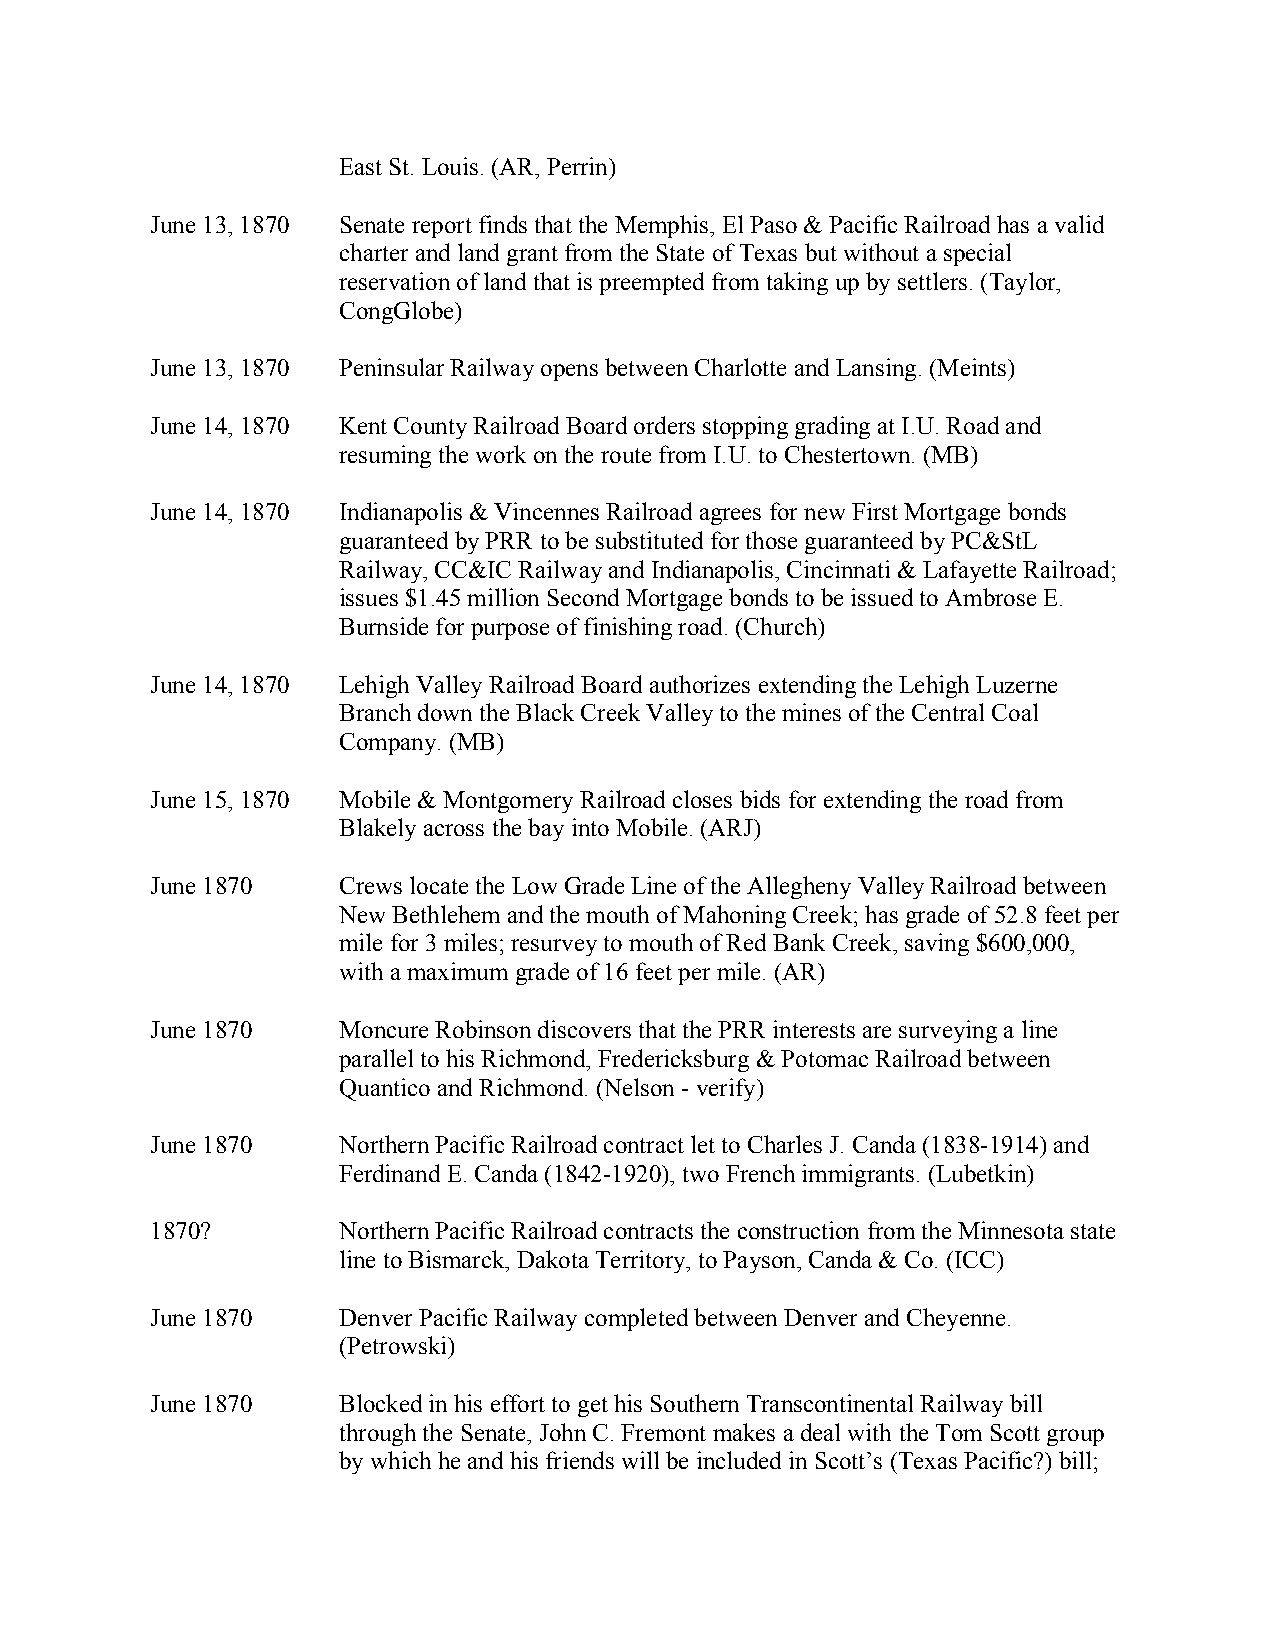
East St. Louis. (AR, Perrin)
 June 13, 1870 Senate report finds that the Memphis, El Paso & Pacific Railroad has a valid
 charter and land grant from the State of Texas but without a special
 reservation of land that is preempted from taking up by settlers. (Taylor,
 CongGlobe)
 June 13, 1870 Peninsular Railway opens between Charlotte and Lansing. (Meints)
 June 14, 1870 Kent County Railroad Board orders stopping grading at I.U. Road and
 resuming the work on the route from I.U. to Chestertown. (MB)
 June 14, 1870 Indianapolis & Vincennes Railroad agrees for new First Mortgage bonds
 guaranteed by PRR to be substituted for those guaranteed by PC&StL
 Railway, CC&IC Railway and Indianapolis, Cincinnati & Lafayette Railroad;
 issues $1.45 million Second Mortgage bonds to be issued to Ambrose E.
 Burnside for purpose of finishing road. (Church)
 June 14, 1870 Lehigh Valley Railroad Board authorizes extending the Lehigh Luzerne
 Branch down the Black Creek Valley to the mines of the Central Coal
 Company. (MB)
 June 15, 1870 Mobile & Montgomery Railroad closes bids for extending the road from
 Blakely across the bay into Mobile. (ARJ)
 June 1870   Crews locate the Low Grade Line of the Allegheny Valley Railroad between
 New Bethlehem and the mouth of Mahoning Creek; has grade of 52.8 feet per
 mile for 3 miles; resurvey to mouth of Red Bank Creek, saving $600,000,
 with a maximum grade of 16 feet per mile. (AR)
 June 1870   Moncure Robinson discovers that the PRR interests are surveying a line
 parallel to his Richmond, Fredericksburg & Potomac Railroad between
 Quantico and Richmond. (Nelson - verify)
 June 1870   Northern Pacific Railroad contract let to Charles J. Canda (1838-1914) and
 Ferdinand E. Canda (1842-1920), two French immigrants. (Lubetkin)
 1870?       Northern Pacific Railroad contracts the construction from the Minnesota state
 line to Bismarck, Dakota Territory, to Payson, Canda & Co. (ICC)
 June 1870   Denver Pacific Railway completed between Denver and Cheyenne.
 (Petrowski)
 June 1870   Blocked in his effort to get his Southern Transcontinental Railway bill
 through the Senate, John C. Fremont makes a deal with the Tom Scott group
 by which he and his friends will be included in Scott’s (Texas Pacific?) bill;